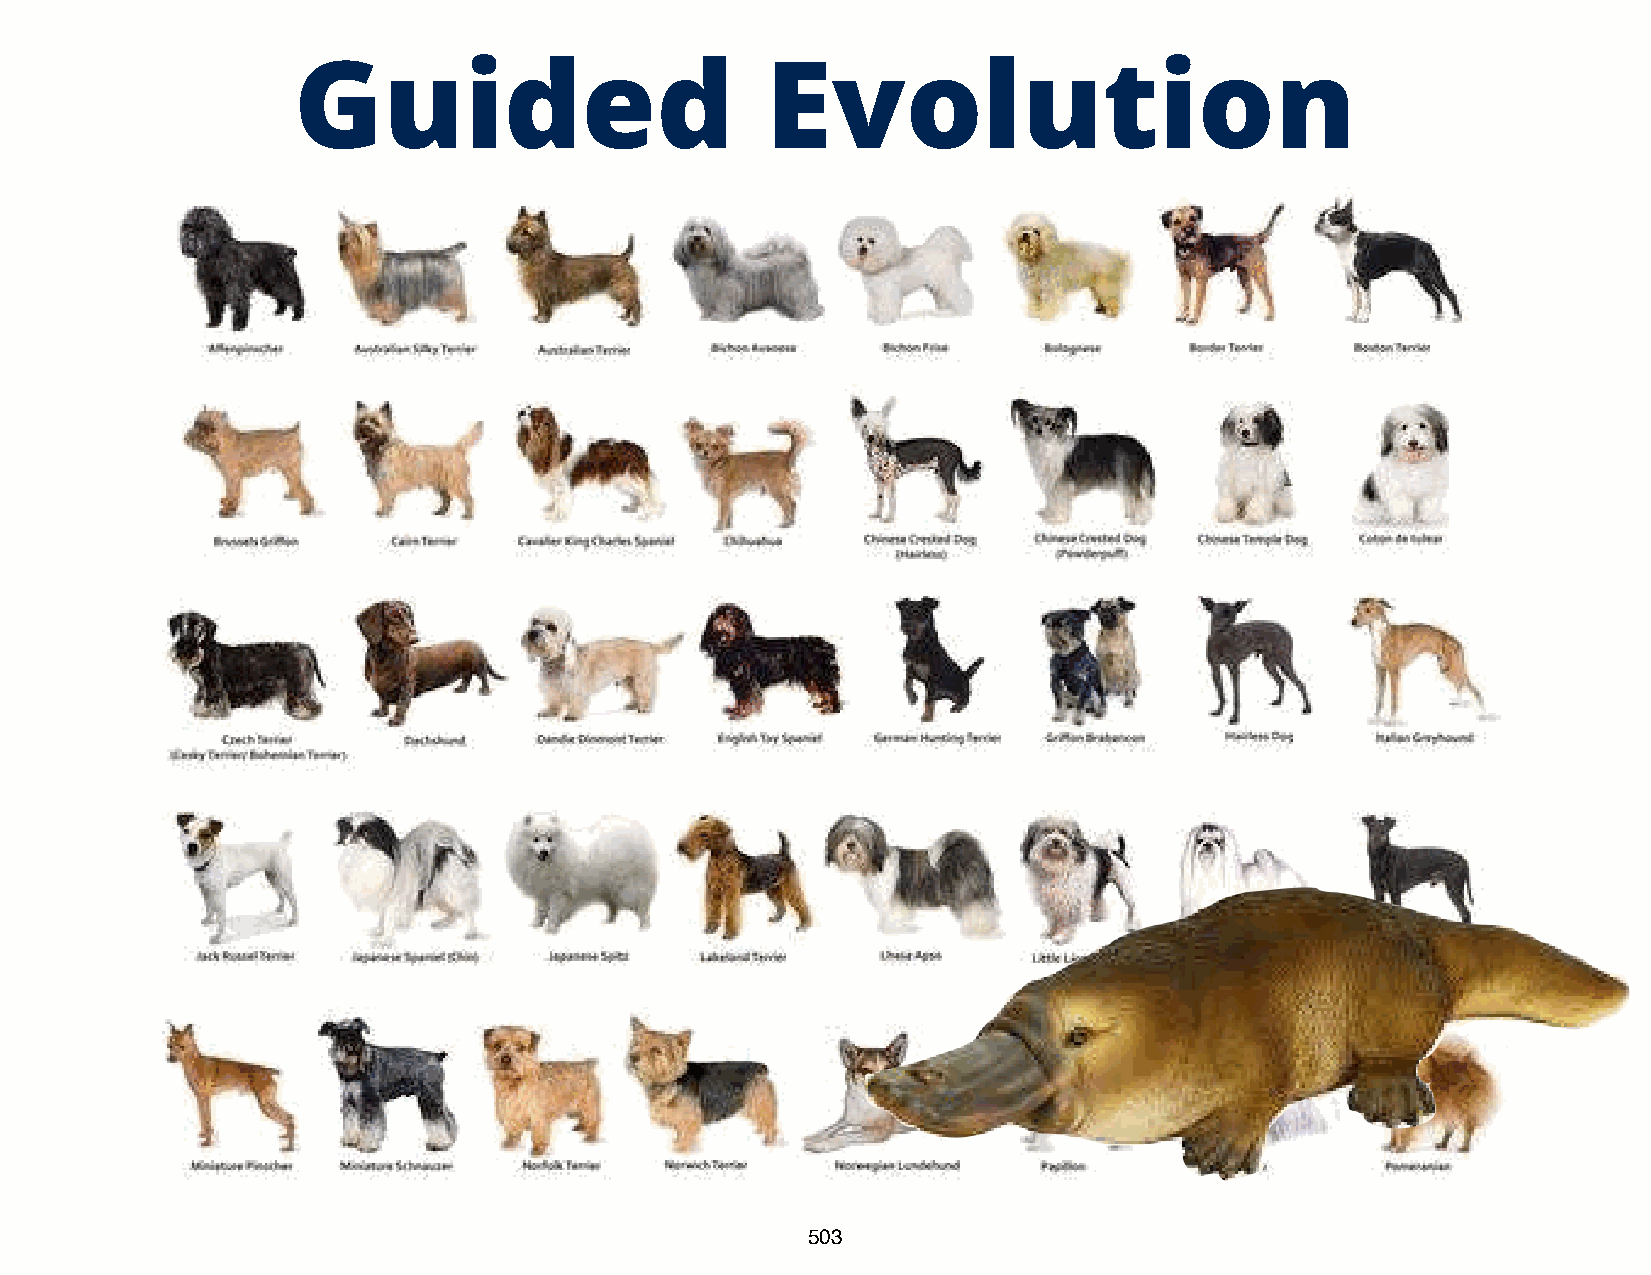
Guided                          Evolution
 503